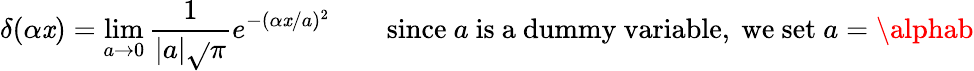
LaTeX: \delta(\alpha\mathit{x})=\operatorname*{lim}_{a\to0}{\frac{{1}}{{|a|{\sqrt{}{{\pi}}}}}}e^{-(\alpha\mathit{x}/a)^{2}}\qquad{\mathrm{{since~}}}a{\mathrm{{~is~a~dummy~variable,~we~set~}}}a=\alphab